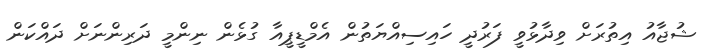
ޝުޖާއު އިތުރަށް ވިދާޅުވީ ފަރުދީ ހައިސިއްޔަތުން އެމްޑީޕީއާ ގުޅެން ނިންމީ ދަރިންނަށް ދައްކަން